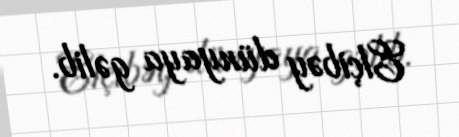
Elçibəy dünyaya gəlib.